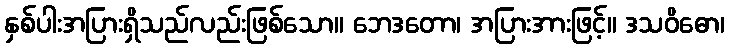
နှစ်ပါးအပြားရှိသည်လည်းဖြစ်သော။ ဘေဒတော၊ အပြားအားဖြင့်။ ဒသဝိဓော၊